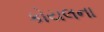
કોયલના